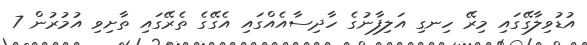
އުޑުވިލާގޭގައި މިރޭ ހިނގި އަލިފާނުގެ ހާދިސާއެއްގައި އެގޭގެ ތެރޭގައި ތާށިވި އުމުރުން 7